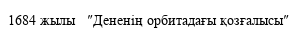
1684 жылы   ″Дененің орбитадағы қозғалысы″